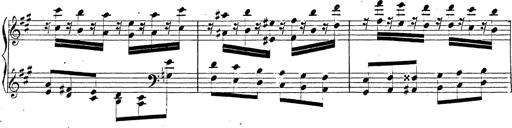
Title: Chanson bohÃ©mienne
Composer: Franz Liszt